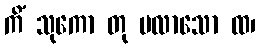
ကိံ သုကော တု ပလာသော ထ၊